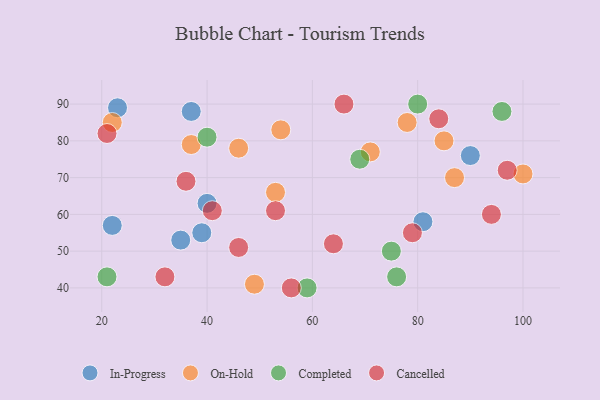
{"axis": {"x": "GDP", "y": "Life Expectancy"}, "legend": ["Cancelled", "Completed", "In-Progress", "On-Hold"], "data": [{"x": "23", "y": 89, "type": "In-Progress"}, {"x": "37", "y": 88, "type": "In-Progress"}, {"x": "81", "y": 58, "type": "In-Progress"}, {"x": "40", "y": 63, "type": "In-Progress"}, {"x": "39", "y": 55, "type": "In-Progress"}, {"x": "90", "y": 76, "type": "In-Progress"}, {"x": "22", "y": 57, "type": "In-Progress"}, {"x": "35", "y": 53, "type": "In-Progress"}, {"x": "46", "y": 78, "type": "On-Hold"}, {"x": "22", "y": 85, "type": "On-Hold"}, {"x": "78", "y": 85, "type": "On-Hold"}, {"x": "100", "y": 71, "type": "On-Hold"}, {"x": "53", "y": 66, "type": "On-Hold"}, {"x": "87", "y": 70, "type": "On-Hold"}, {"x": "49", "y": 41, "type": "On-Hold"}, {"x": "71", "y": 77, "type": "On-Hold"}, {"x": "85", "y": 80, "type": "On-Hold"}, {"x": "54", "y": 83, "type": "On-Hold"}, {"x": "37", "y": 79, "type": "On-Hold"}, {"x": "21", "y": 43, "type": "Completed"}, {"x": "75", "y": 50, "type": "Completed"}, {"x": "96", "y": 88, "type": "Completed"}, {"x": "69", "y": 75, "type": "Completed"}, {"x": "40", "y": 81, "type": "Completed"}, {"x": "59", "y": 40, "type": "Completed"}, {"x": "80", "y": 90, "type": "Completed"}, {"x": "76", "y": 43, "type": "Completed"}, {"x": "41", "y": 61, "type": "Cancelled"}, {"x": "79", "y": 55, "type": "Cancelled"}, {"x": "94", "y": 60, "type": "Cancelled"}, {"x": "66", "y": 90, "type": "Cancelled"}, {"x": "97", "y": 72, "type": "Cancelled"}, {"x": "84", "y": 86, "type": "Cancelled"}, {"x": "46", "y": 51, "type": "Cancelled"}, {"x": "36", "y": 69, "type": "Cancelled"}, {"x": "21", "y": 82, "type": "Cancelled"}, {"x": "64", "y": 52, "type": "Cancelled"}, {"x": "53", "y": 61, "type": "Cancelled"}, {"x": "56", "y": 40, "type": "Cancelled"}, {"x": "32", "y": 43, "type": "Cancelled"}]}